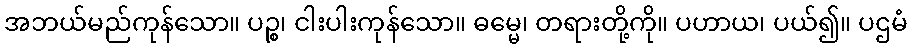
အဘယ်မည်ကုန်သော။ ပဉ္စ၊ ငါးပါးကုန်သော။ ဓမ္မေ၊ တရားတို့ကို။ ပဟာယ၊ ပယ်၍။ ပဌမံ